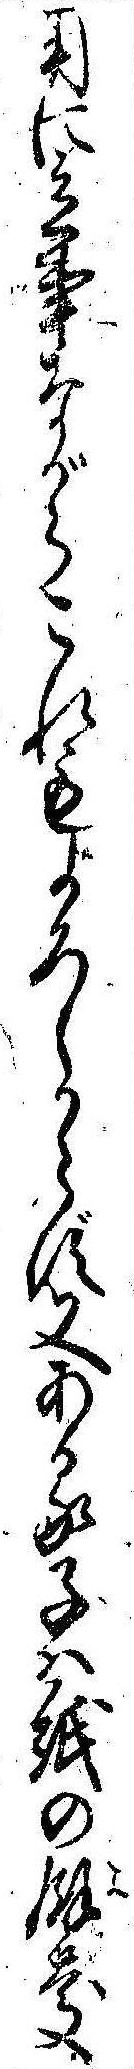
用に立事ながらこれもよろしからず又ある子は紙の余慶